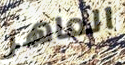
العاهر